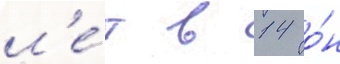
л'е́т в 14 о́н